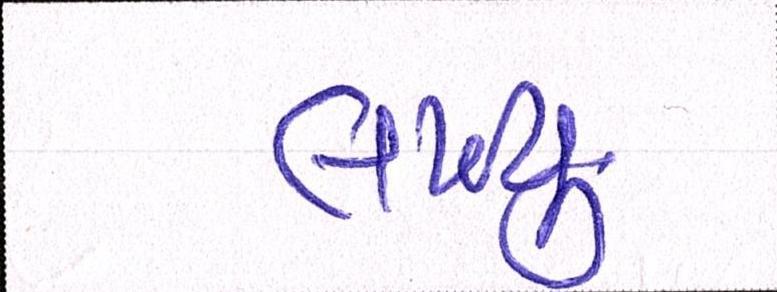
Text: લખ્યુ